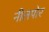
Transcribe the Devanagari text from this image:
नीलपोर